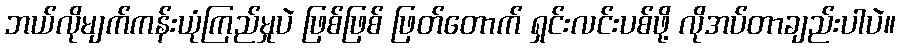
ဘယ်လိုမျက်ကန်းယုံကြည်မှုပဲ ဖြစ်ဖြစ် ဖြတ်တောက် ရှင်းလင်းပစ်ဖို့ လိုအပ်တာချည်းပါပဲ။